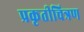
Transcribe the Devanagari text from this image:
प्रकृतीचित्रण